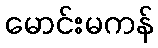
မောင်းမကန်